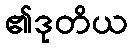
၏ဒုတိယ